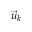
{ \vec { u } _ { k } }